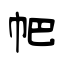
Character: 帊